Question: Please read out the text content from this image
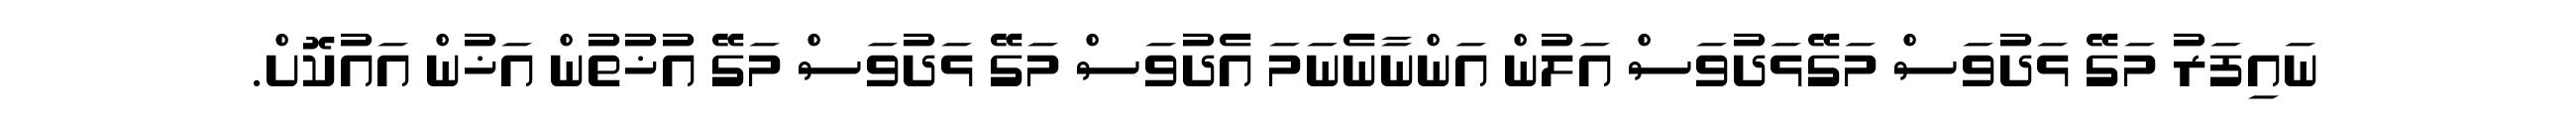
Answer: ނައިފަރު މަގޭ ޅަދުވަސް މަގޭޅަދުވަސް އަލުން އަންނާނެނަމަ އެދުވަސް މަގޭ ޅަދުވަސް މަގޭ އުޚުތުން އަޚުން އައުކޮށް.